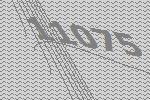
11075